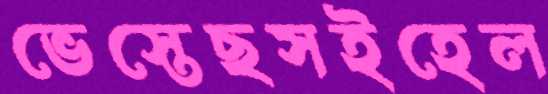
ভেস্তেছসইহেল